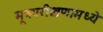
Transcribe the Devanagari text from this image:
मूत्रपरीक्षणामध्ये